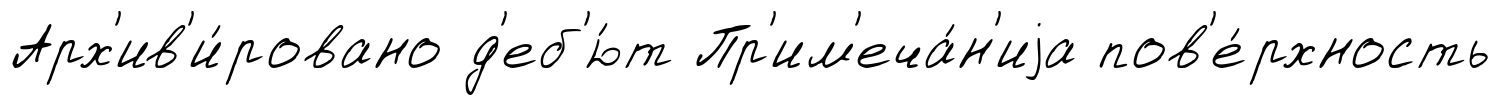
Арх'ив'и́ровано д'еб'ю́т Пр'им'еча́н'иjа пов'е́рхность